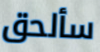
سألحق